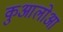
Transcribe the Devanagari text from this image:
कुआलोआ